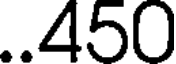
..450